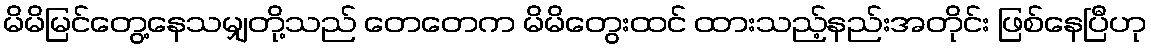
မိမိမြင်တွေ့နေသမျှတို့သည် တေတေက မိမိတွေးထင် ထားသည့်နည်းအတိုင်း ဖြစ်နေပြီဟု